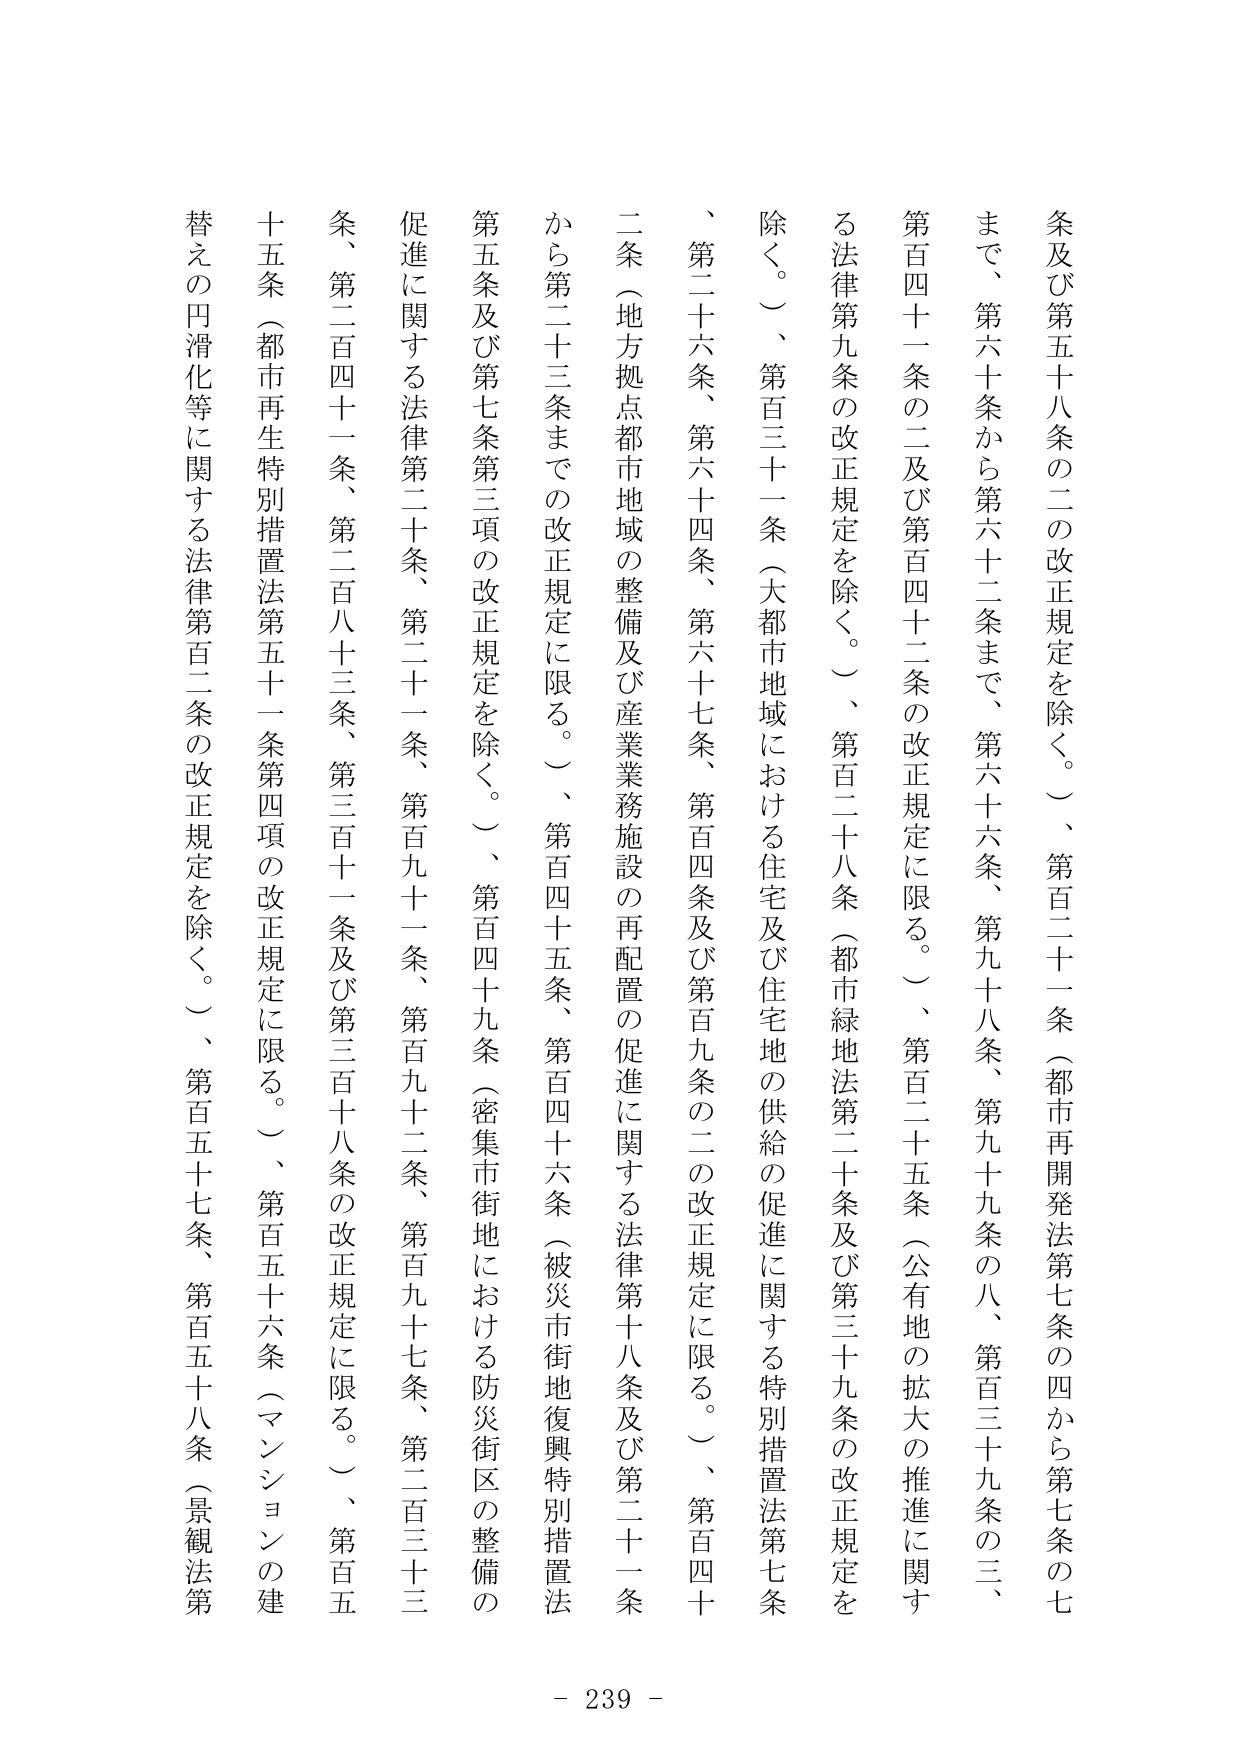
条及び第五十八条の二の改正規定を除く。）、第百二十一条（都市再開発法第七条の四から第七条の七まで、第六十条から第六十二条まで、第六十六条、第九十八条、第九十九条の八、第百三十九条の三、第百四十一条の二及び第百四十二条の改正規定に限る。）、第百二十五条（公有地の拡大の推進に関する法律第九条の改正規定を除く。）、第百二十八条（都市緑地法第二十条及び第三十九条の改正規定を除く。）、第百三十一条（大都市地域における住宅及び住宅地の供給の促進に関する特別措置法第七条、第二十六条、第六十四条、第六十七条、第百四条及び第百九条の二の改正規定に限る。）、第百四十条（地方拠点都市地域の整備及び産業業務施設の再配置の促進に関する法律第十八条及び第二十一条から第二十三条までの改正規定に限る。）、第百四十五条、第百四十六条（被災市街地復興特別措置法第五条及び第七条第三項の改正規定を除く。）、第百四十九条（密集市街地における防災街区の整備の促進に関する法律第二十条、第二十一条、第百九十一条、第百九十二条、第百九十七条、第二百三十三条、第二百四十一条、第二百八十三条、第三百十一条及び第三百十八条の改正規定に限る。）、第百五十五条（都市再生特別措置法第五十一条第四項の改正規定に限る。）、第百五十六条（マンションの建替えの円滑化等に関する法律第百二条の改正規定を除く。）、第百五十七条、第百五十八条（景観法第
- 239 -